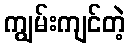
ကျွမ်းကျင်တဲ့